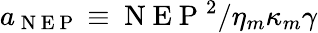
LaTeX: a_{\mathrm{~N~E~P~}}\equiv\mathrm{~N~E~P~}^{2}/\eta_{m}\kappa_{m}\gamma